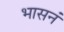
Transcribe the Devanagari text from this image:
भासनं